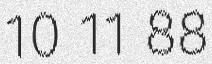
10 11 88